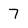
Character: 7